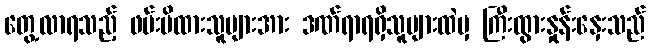
တွေ့လာရသည့် ဖမ်းမိထားသူများအား ဒဏ်ရာရရှိသူများထဲမှ ကြီးထွားနှုန်းနှေးသည်